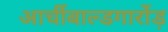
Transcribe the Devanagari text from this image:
आर्चीबाल्डगार्रोड़